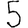
Digit: 5